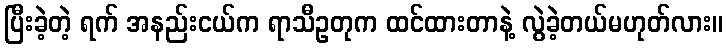
ပြီးခဲ့တဲ့ ရက် အနည်းငယ်က ရာသီဥတုက ထင်ထားတာနဲ့ လွဲခဲ့တယ်မဟုတ်လား။